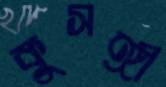
কুসঙ্গী